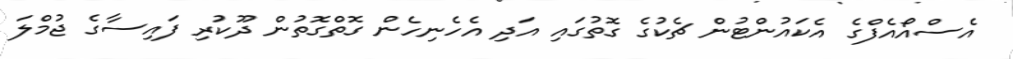
އެސްއޯއެފްގެ އެކައުންޓުން ޗެކުގެ ގޮތުގައި އަދި އެހެނިހެން ގޮތްގޮތުން ދޫކުރި ފައިސާގެ ޖުމްލަ